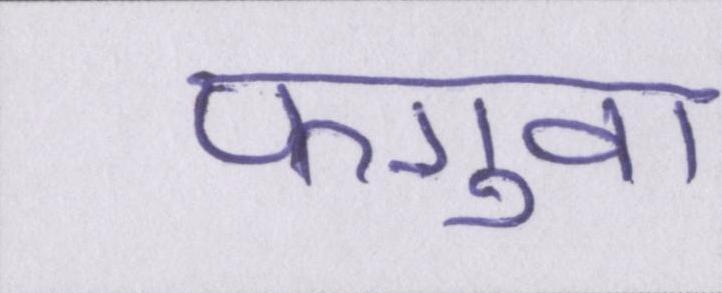
फगुवा